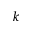
k